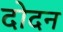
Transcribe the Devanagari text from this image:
दोदन